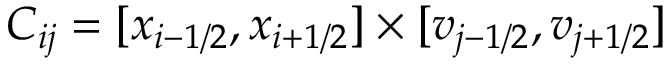
C _ { i j } = [ x _ { i - 1 / 2 } , x _ { i + 1 / 2 } ] \times [ v _ { j - 1 / 2 } , v _ { j + 1 / 2 } ]